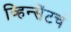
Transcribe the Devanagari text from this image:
व्हिन्सेंटचं